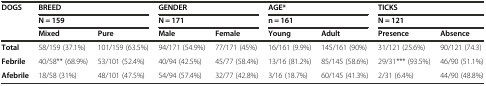
<table><thead><tr><td rowspan="3"><b>DOGS</b></td><td colspan="2"><b>BREED</b></td><td colspan="2"><b>GENDER</b></td><td colspan="2"><b>AGE*</b></td><td colspan="2"><b>TICKS</b></td></tr><tr><td colspan="2"><b>N = 159</b></td><td colspan="2"><b>N = 171</b></td><td colspan="2"><b>n = 161</b></td><td colspan="2"><b>N = 121</b></td></tr><tr><td><b>Mixed</b></td><td><b>Pure</b></td><td><b>Male</b></td><td><b>Female</b></td><td><b>Young</b></td><td><b>Adult</b></td><td><b>Presence</b></td><td><b>Absence</b></td></tr></thead><tbody><tr><td><b>Total</b></td><td>58/159 (37.1%)</td><td>101/159 (63.5%)</td><td>94/171 (54.9%)</td><td>77/171 (45%)</td><td>16/161 (9.9%)</td><td>145/161 (90%)</td><td>31/121 (25.6%)</td><td>90/121 (74.3)</td></tr><tr><td><b>Febrile</b></td><td>40/58** (68.9%)</td><td>53/101 (52.4%)</td><td>40/94 (42.5%)</td><td>45/77 (58.4%)</td><td>13/16 (81.2%)</td><td>85/145 (58.6%)</td><td>29/31*** (93.5%)</td><td>46/90 (51.1%)</td></tr><tr><td><b>Afebrile</b></td><td>18/58 (31%)</td><td>48/101 (47.5%)</td><td>54/94 (57.4%)</td><td>32/77 (42.8%)</td><td>3/16 (18.7%)</td><td>60/145 (41.3%)</td><td>2/31 (6.4%)</td><td>44/90 (48.8%)</td></tr></tbody></table>